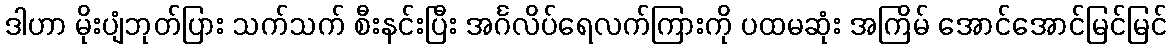
ဒါဟာ မိုးပျံဘုတ်ပြား သက်သက် စီးနင်းပြီး အင်္ဂလိပ်ရေလက်ကြားကို ပထမဆုံး အကြိမ် အောင်အောင်မြင်မြင်